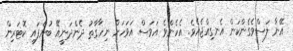
އޭނާ ލަސްވެގެންކަން އެނގިއްޖެއެވެ. އެހެންވެ އަވަސް އަވަހަށް ނިހާގާތު ދެންދަނީއޭ ބުނެފައި ކޮޓަރިން